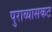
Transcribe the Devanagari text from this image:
पुराव्यासकट